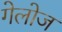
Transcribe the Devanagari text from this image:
गेलोज